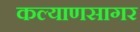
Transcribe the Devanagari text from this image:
कल्याणसागर